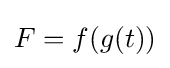
F=f(g(t))